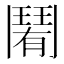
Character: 𩰑